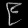
Digit: ၉